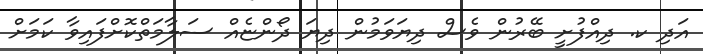
އަދި ކ. ދިއްފުށީ ބޭރުން ވެސް ދިޔަވަމުން ދިޔަ ދޯންޏެއް ސަލާމަތްކޮށްފައިވާ ކަމަށް